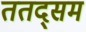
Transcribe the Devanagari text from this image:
ततद्सम